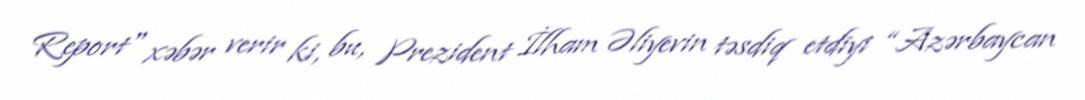
Report" xəbər verir ki, bu, Prezident İlham Əliyevin təsdiq etdiyi “Azərbaycan